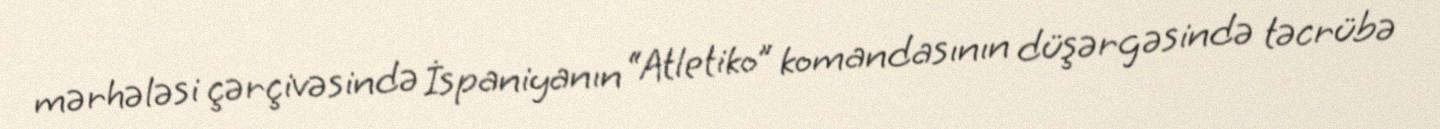
mərhələsi çərçivəsində İspaniyanın “Atletiko” komandasının düşərgəsində təcrübə